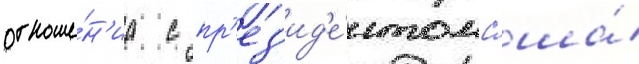
отноше́н'иа с пр'ез'ид'е́нтом сша́